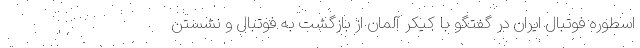
اسطوره فوتبال ایران در گفتگو با کیکر آلمان از بازگشت به فوتبال و نشستن